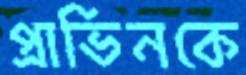
প্রাভিনকে